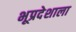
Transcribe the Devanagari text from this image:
भूप्रदेशाला